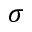
\sigma